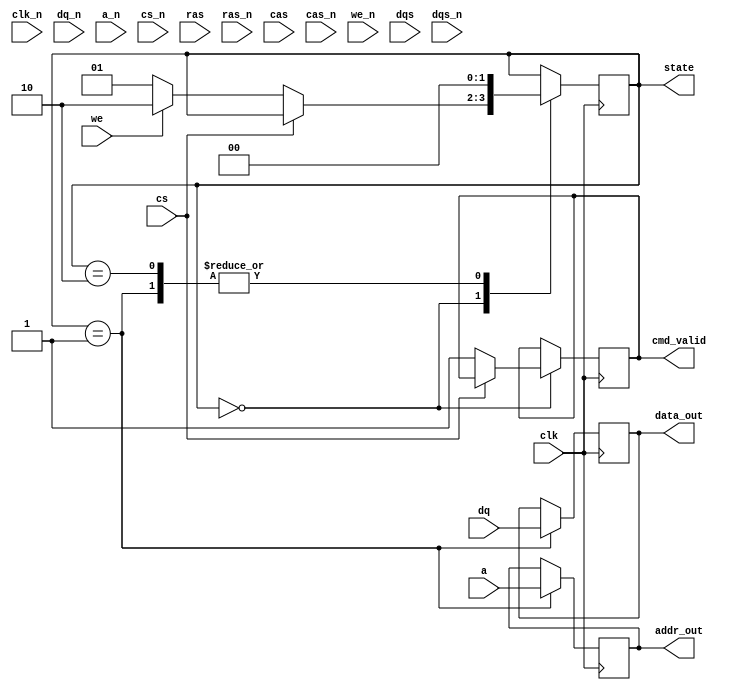
module gddr4_io_block (
    input wire clk,           // System clock
    input wire clk_n,         // Inverted clock
    input wire [15:0] dq,     // Data lines (x16)
    input wire [15:0] dq_n,   // Inverted data lines
    input wire [7:0] a,       // Address lines
    input wire [7:0] a_n,     // Inverted address lines
    input wire cs,            // Chip select
    input wire cs_n,          // Inverted chip select
    input wire ras,           // Row address strobe
    input wire ras_n,         // Inverted row address strobe
    input wire cas,           // Column address strobe
    input wire cas_n,         // Inverted column address strobe
    input wire we,            // Write enable
    input wire we_n,          // Inverted write enable
    input wire dqs,           // Data strobe
    input wire dqs_n,         // Inverted data strobe
    output reg [15:0] data_out, // Output data
    output reg [7:0] addr_out,   // Output address
    output reg cmd_valid,     // Command valid signal
    output reg [1:0] state    // State of the FSM
);

// State encoding
localparam IDLE = 2'b00;
localparam READ = 2'b01;
localparam WRITE = 2'b10;

// Clock generation (simplified)
always @(posedge clk or negedge clk_n) begin
    // Clock logic can be implemented here
end

// Command decoding and state machine
always @(posedge clk) begin
    case (state)
        IDLE: begin
            if (cs == 0) begin
                // Command received
                cmd_valid <= 1;
                if (we == 0) begin
                    state <= READ; // Transition to read state
                end else begin
                    state <= WRITE; // Transition to write state
                end
            end
        end
        READ: begin
            // Handle read operation
            data_out <= dq; // Sample data
            addr_out <= a; // Sample address
            state <= IDLE; // Go back to idle
        end
        WRITE: begin
            // Handle write operation
            // Logic to write data to memory
            state <= IDLE; // Go back to idle
        end
    endcase
end

// DQS delay control (simplified)
always @(posedge clk) begin
    // DQS alignment logic can be implemented here
end

// Input buffer logic (simplified)
always @(posedge clk) begin
    // High-speed input buffer logic can be implemented here
end

// Power management and sleep modes (simplified)
always @(posedge clk) begin
    // Power management logic can be implemented here
end

// Built-in self-test (BIST) logic (optional)
always @(posedge clk) begin
    // BIST logic can be implemented here
end

endmodule